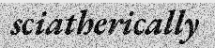
sciatherically